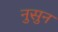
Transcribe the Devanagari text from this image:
नुसुन